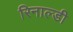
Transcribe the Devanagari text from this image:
रिनाल्डी